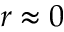
r \approx 0